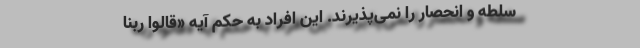
سلطه و انحصار را نمی‌پذیرند. این افراد به حکم آیه «قالوا رَبُّنَا